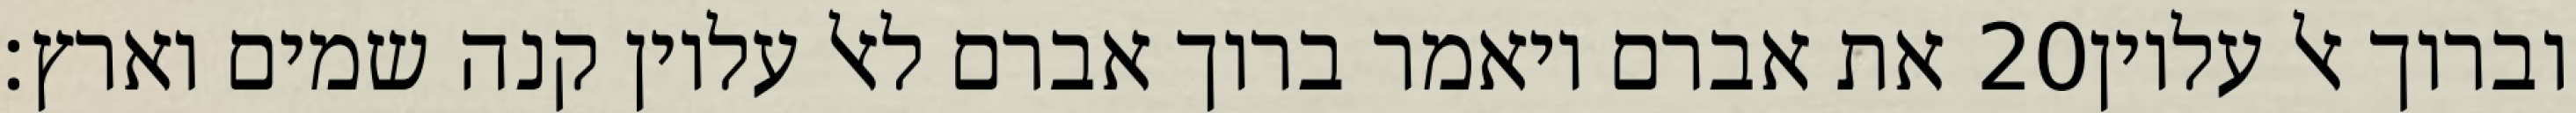
את אברם ויאמר ברוך אברם לאל עליון קנה שמים וארץ׃ ‎20‏ וברוך אל עליון